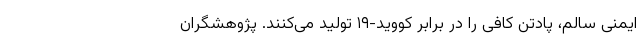
ایمنی سالم، پادتن کافی را در برابر کووید-۱۹ تولید می‌کنند. پژوهشگران